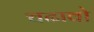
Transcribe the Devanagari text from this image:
चढावो